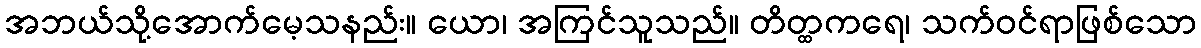
အဘယ်သို့အောက်မေ့သနည်း။ ယော၊ အကြင်သူသည်။ တိတ္ထကရေ၊ သက်ဝင်ရာဖြစ်သော